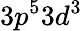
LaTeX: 3p^{5}3d^{3}